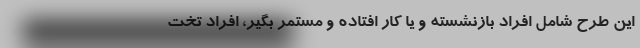
این طرح شامل افراد بازنشسته و یا کار افتاده و مستمر بگیر، افراد تخت